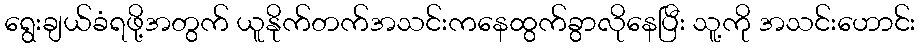
ရွေးချယ်ခံရဖို့အတွက် ယူနိုက်တက်အသင်းကနေထွက်ခွာလိုနေပြီး သူ့ကို အသင်းဟောင်း